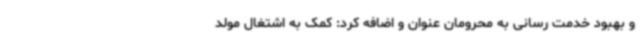
و بهبود خدمت رسانی به محرومان عنوان و اضافه کرد: کمک به اشتغال مولد